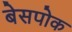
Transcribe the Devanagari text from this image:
बेसपोक